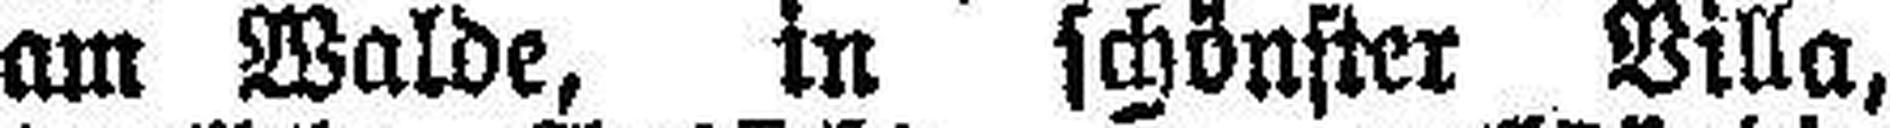
am Walde, in schönster Villa,